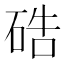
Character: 硞